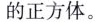
的正方体。